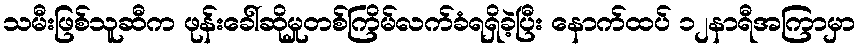
သမီးဖြစ်သူဆီက ဖုန်းခေါ်ဆိုမှုတစ်ကြိမ်လက်ခံရရှိခဲ့ပြီး နောက်ထပ် ၁၂နာရီအကြာမှာ